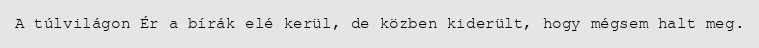
A túlvilágon Ér a bírák elé kerül, de közben kiderült, hogy mégsem halt meg.